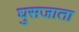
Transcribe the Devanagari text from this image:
घुसजाता